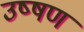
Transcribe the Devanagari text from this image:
उष्षण